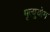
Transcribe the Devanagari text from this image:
मृत्युयोग